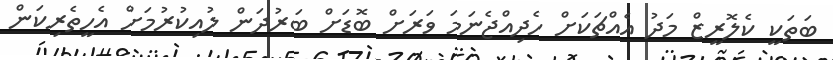
ބަތަކީ ކެލޮރީޒް މަދު އެއްޗަކަށް ހެދިއްޖެނަމަ ވަރަށް ބޮޑަށް ބަރުދަން ލުއިކުރުމަށް އެހީތެރިކަން